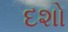
દશો